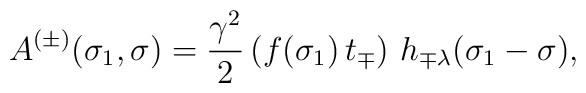
A^{(\pm)}(\sigma_1,\sigma)=\frac{\gamma^2}{2}\, (f(\sigma_1)\,t_\mp)\,\,h_{\mp\lambda} (\sigma_1-\sigma),